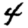
Digit: 4